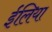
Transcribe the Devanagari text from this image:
ईलिया